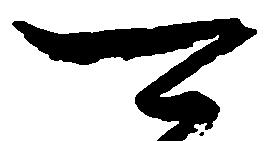
可